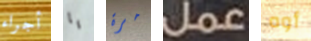
أجراء يا مرة عمل أوه